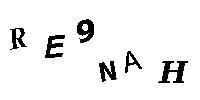
RE9NAH